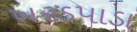
ખરડપાડા